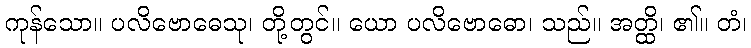
ကုန်သော။ ပလိဗောဓေသု၊ တို့တွင်။ ယော ပလိဗောဓော၊ သည်။ အတ္ထိ၊ ၏။ တံ၊